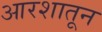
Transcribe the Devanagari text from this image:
आरशातून